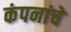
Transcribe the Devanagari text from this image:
कंपनांचे